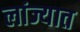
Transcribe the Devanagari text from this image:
लांज्यात